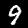
Label: 9